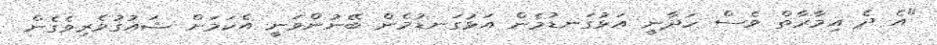
"އެ ދެ އިމާރާތް ވެސް ހަދާނީ އަޅުގަނޑުމެން އަޅުގަނޑުމެން ބޭނުންވަނީ އެކަމަށް ޝައުގުވެރިވެގެން